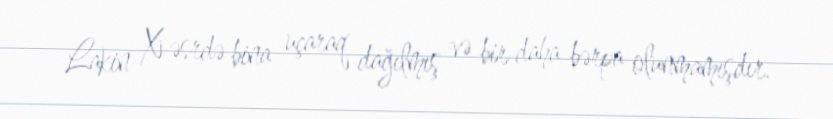
Lakin X əsrdə bina uçaraq dağılmış və bir daha bərpa olunmamışdır.